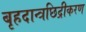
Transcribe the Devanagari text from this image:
बृहदान्त्रछिद्रीकरण